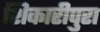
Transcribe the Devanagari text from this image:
शिकारीपुरा